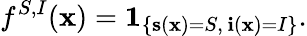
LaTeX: f^{S,I}(\mathbf{x})=\mathbf{{1}}_{\left\{ \mathbf{{s}}(\mathbf{x})=S,\, \mathbf{{i}}(\mathbf{x})=I\right\} }.